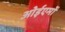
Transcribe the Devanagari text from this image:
ओईएमों